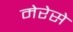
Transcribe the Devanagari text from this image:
मेरेसे